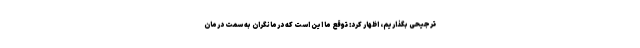
ترجیحی بگذاریم، اظهار کرد: توقع ما این است که درمانگران به سمت درمان